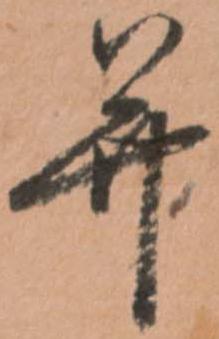
并